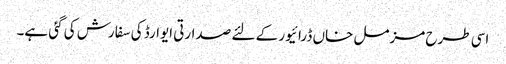
اسی طرح مزمل خاں ڈرائیور کے لئے صدارتی ایوارڈ کی سفارش کی گئی ہے۔